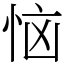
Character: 恼